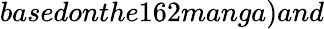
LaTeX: basedonthe162manga)and